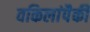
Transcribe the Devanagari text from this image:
वकिलांपैकी